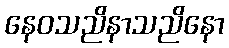
နေဝသညိနာသညိနော